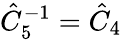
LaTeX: \hat{C}_{5}^{-1}=\hat{C}_{4}